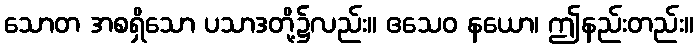
သောတ အစရှိသော ပသာဒတို့၌လည်း။ ဧသေဝ နယော၊ ဤနည်းတည်း။